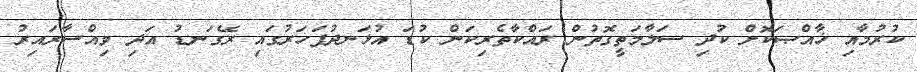
ކުރުމާއި ޚާއްޞަކޮށް ކުދި ސަލާމަތީގޮތުން ރައްކާތެރިކަން ކުޑަ އުޅަނދުފަހަރުގައި ރޭގަނޑު އަދި ވިއްސާރައިރު